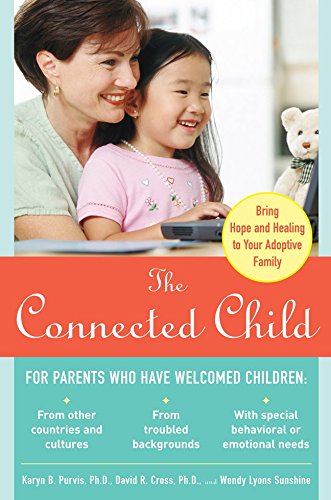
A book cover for The Connected Child: Bring hope and healing to your adoptive family; Karyn B. Purvis; Parenting & Relationships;